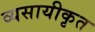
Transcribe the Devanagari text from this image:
व्यसायीकृत